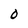
Character: 0